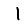
Digit: 1